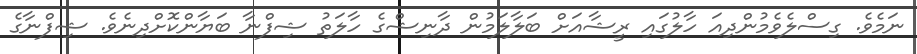
ނަމެވެ. ގިސްލެވެެމުންދިއަ ހާލުގައި ރީޝާއަށް ބަލާލަމުން ދާނިޝްގެ ހާލަތު ޝިފްނާ ބަޔާންކޮށްދިިނެވެ. ޝިފްނާގެ